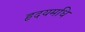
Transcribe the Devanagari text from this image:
हृदयमधि